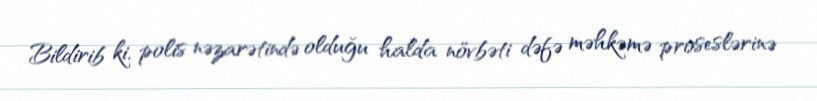
Bildirib ki, polis nəzarətində olduğu halda növbəti dəfə məhkəmə proseslərinə